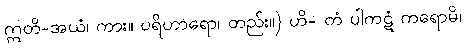
ဣတိ-အယံ၊ ကား။ ပရိဟာရော၊ တည်း။) ဟိ- တံ ပါကဋံ ကရောမိ၊